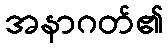
အနာဂတ်၏